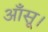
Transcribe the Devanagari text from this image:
आँसू।